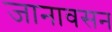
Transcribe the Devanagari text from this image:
जानावसन